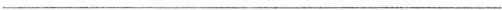
___